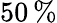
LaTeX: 50\, \%